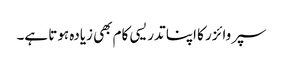
سپروائزر کا اپنا تدریسی کام بھی زیادہ ہوتا ہے۔